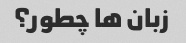
زبان ها چطور؟